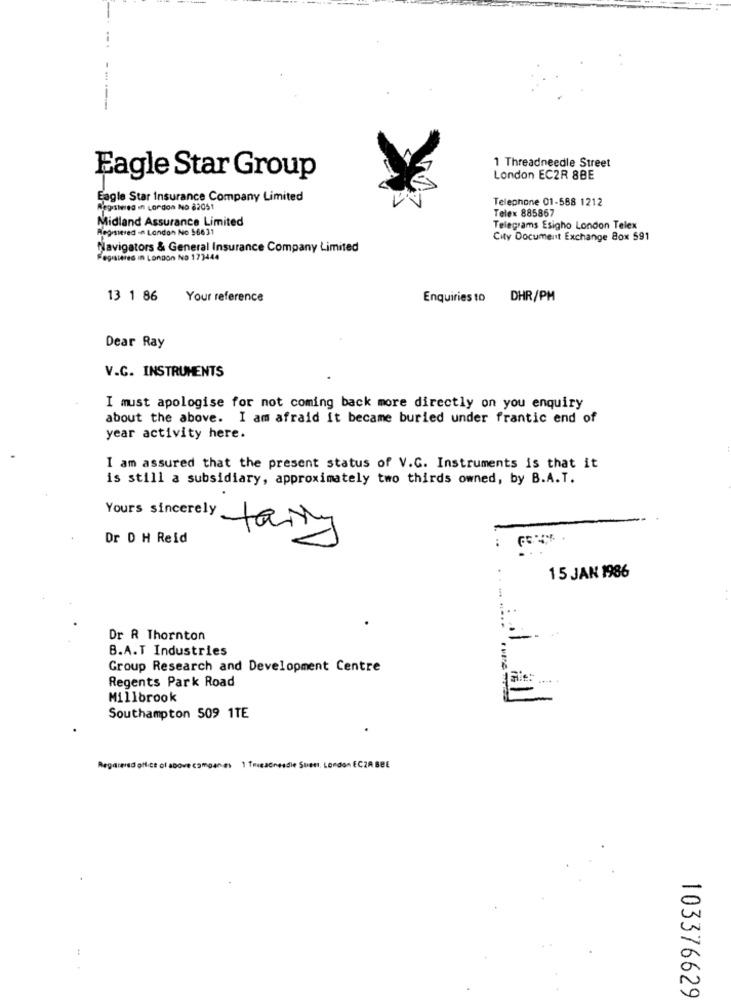
1 Threadneedle Street
Eagle Star Group
London EC2R 8BE
Eagle Star Insurance Company Limited
Telephone 01-588 1212
Registered in London No 82051
Telex 885867
Midland Assurance Limited
Registered - London No $6631
Telegrams Esigho London Telex
City Document Exchange Box 591
Navigators & General Insurance Company Limited
Registered in London No 173444
13 1 86
Your reference
Enquiries to DHR/PM
Dear Ray
V.C. INSTRUMENTS
I must apologise for not coming back more directly on you enquiry
about the above. I am afraid it became buried under frantic end of
year activity here.
I am assured that the present status of V.G. Instruments is that it
is still a subsidiary, approximately two thirds owned, by B.A.T.
Yours sincerely
Dr D H Reid
15 JAN 1986
Dr R Thornton
B.A.T Industries
Group Research and Development Centre
Regents Park Road
Millbrook
Southampton 509 1TE
Regarered ofict of above companies 1 Tmieacnesdie Suett, London ECZA BBE
103376629